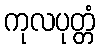
ကုလပုတ္တံ